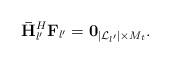
\begin{align*} {\bf{\bar H}}_{l'}^H{{{\bf{ F}}}_{l'}} = {{\bf{0}}_{\left| {{\cal L}_{l'}} \right| \times {M_t}}}. \end{align*}